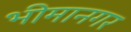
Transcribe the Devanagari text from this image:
भीमानगर